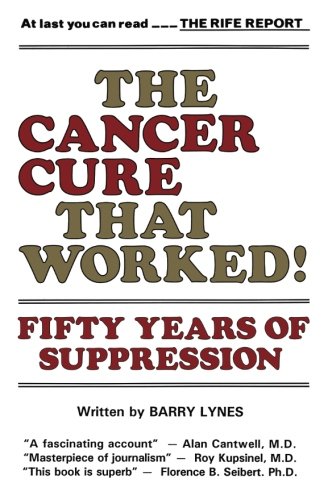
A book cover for The Cancer Cure That Worked: 50 Years of Suppression; Barry Lynes; Health, Fitness & Dieting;